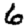
Digit: 6